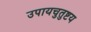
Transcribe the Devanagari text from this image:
उपायचुतुष्टय